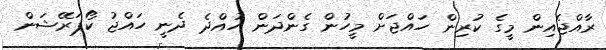
ރާއްޖެއިން މީގެ ކުރިން ހައްޖަށް މީހުން ގެންދަން ހުއްދެ ދެނީ ހައްޖު ކޯޕަރޭޝަން